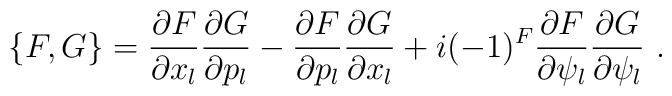
\{ F,G\} = \frac{\partial F}{\partial x_l}\frac{\partial G}{\partial p_l} - \frac{\partial F}{\partial p_l}\frac{\partial G}{\partial x_l}  +i(-1)^F \frac{\partial F}{\partial \psi_l}\frac{\partial G}{\partial \psi_l}\ .